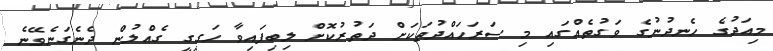
މިއަދުގެ ހެނދުނުގެ ވަގުތެއްގައި މި ސަރަހައްދުތަކަށް ދަތުރުކޮށް ލިބިފައިވާ ހަގީގީ ގެއްލުން ދެނެގަނެވޭނެ